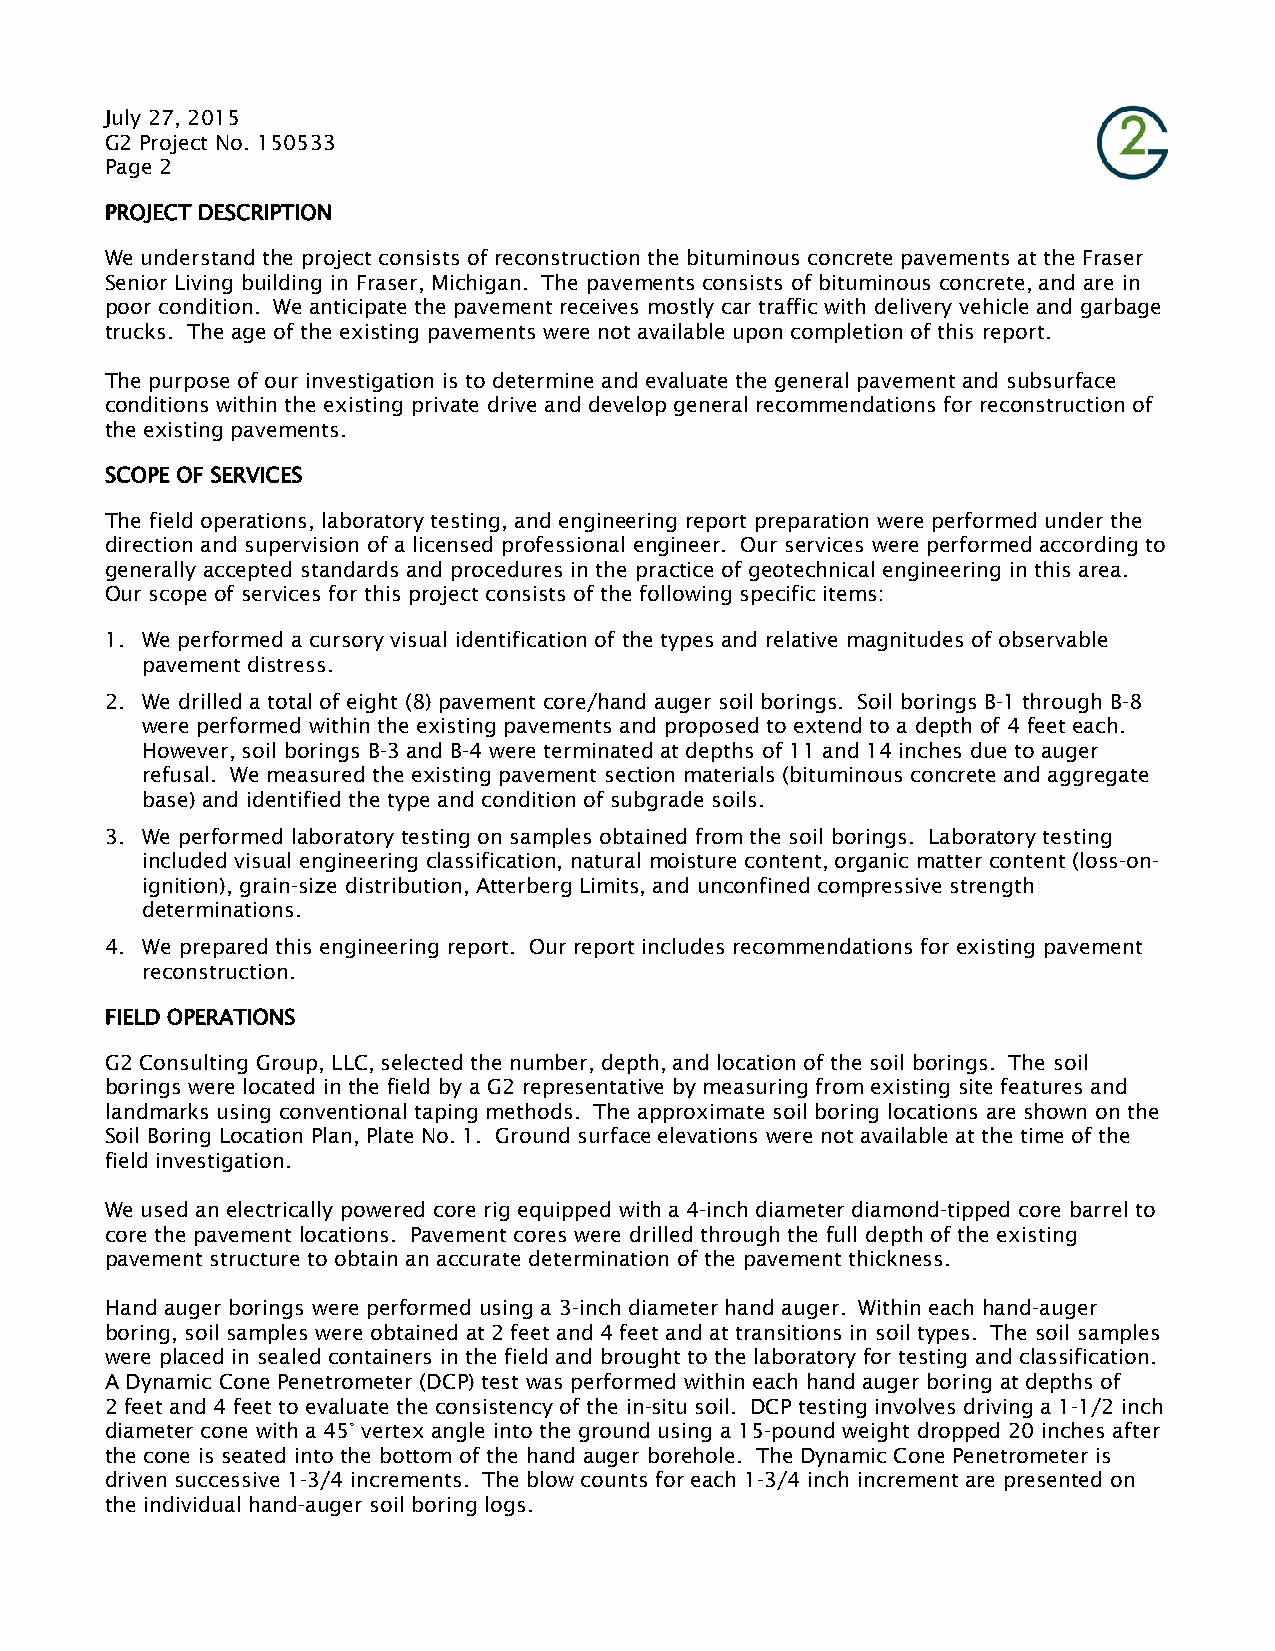
July 27, 2015
 G2 Project No. 150533
 Page 2
 PROJECT DESCRIPTION
 We understand the project consists of reconstruction the bituminous concrete pavements at the Fraser
 Senior Living building in Fraser, Michigan. The pavements consists of bituminous concrete, and are in
 poor condition. We anticipate the pavement receives mostly car traffic with delivery vehicle and garbage
 trucks. The age of the existing pavements were not available upon completion of this report.
 The purpose of our investigation is to determine and evaluate the general pavement and subsurface
 conditions within the existing private drive and develop general recommendations for reconstruction of
 the existing pavements.
 SCOPE OF SERVICES
 The field operations, laboratory testing, and engineering report preparation were performed under the
 direction and supervision of a licensed professional engineer. Our services were performed according to
 generally accepted standards and procedures in the practice of geotechnical engineering in this area.
 Our scope of services for this project consists of the following specific items:
 1. We performed a cursory visual identification of the types and relative magnitudes of observable
 pavement distress.
 2. We drilled a total of eight (8) pavement core/hand auger soil borings. Soil borings B-1 through B-8
 were performed within the existing pavements and proposed to extend to a depth of 4 feet each.
 However, soil borings B-3 and B-4 were terminated at depths of 11 and 14 inches due to auger
 refusal. We measured the existing pavement section materials (bituminous concrete and aggregate
 base) and identified the type and condition of subgrade soils.
 3. We performed laboratory testing on samples obtained from the soil borings. Laboratory testing
 included visual engineering classification, natural moisture content, organic matter content (loss-on-
 ignition), grain-size distribution, Atterberg Limits, and unconfined compressive strength
 determinations.
 4. We prepared this engineering report. Our report includes recommendations for existing pavement
 reconstruction.
 FIELD OPERATIONS
 G2 Consulting Group, LLC, selected the number, depth, and location of the soil borings. The soil
 borings were located in the field by a G2 representative by measuring from existing site features and
 landmarks using conventional taping methods. The approximate soil boring locations are shown on the
 Soil Boring Location Plan, Plate No. 1. Ground surface elevations were not available at the time of the
 field investigation.
 We used an electrically powered core rig equipped with a 4-inch diameter diamond-tipped core barrel to
 core the pavement locations. Pavement cores were drilled through the full depth of the existing
 pavement structure to obtain an accurate determination of the pavement thickness.
 Hand auger borings were performed using a 3-inch diameter hand auger. Within each hand-auger
 boring, soil samples were obtained at 2 feet and 4 feet and at transitions in soil types. The soil samples
 were placed in sealed containers in the field and brought to the laboratory for testing and classification.
 A Dynamic Cone Penetrometer (DCP) test was performed within each hand auger boring at depths of
 2 feet and 4 feet to evaluate the consistency of the in-situ soil. DCP testing involves driving a 1-1/2 inch
 diameter cone with a 45° vertex angle into the ground using a 15-pound weight dropped 20 inches after
 the cone is seated into the bottom of the hand auger borehole. The Dynamic Cone Penetrometer is
 driven successive 1-3/4 increments. The blow counts for each 1-3/4 inch increment are presented on
 the individual hand-auger soil boring logs.